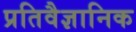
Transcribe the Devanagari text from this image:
प्रतिवैज्ञानिक